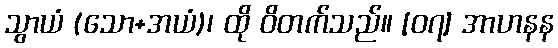
သွာယံ (သော+အယံ)၊ ထို ဝိတက်သည်။ [၀၇] အာဟနန